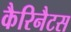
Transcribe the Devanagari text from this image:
कैरिनैटस